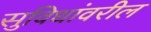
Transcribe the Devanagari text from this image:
सुविधांवरील